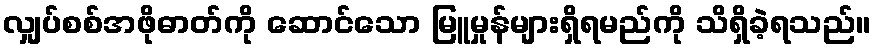
လျှပ်စစ်အဖိုဓာတ်ကို ဆောင်သော မြူမှုန်များရှိရမည်ကို သိရှိခဲ့ရသည်။